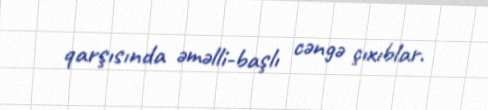
qarşısında əməlli-başlı cəngə çıxıblar.